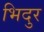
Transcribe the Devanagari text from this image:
भिदुर